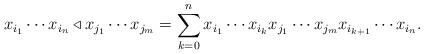
LaTeX: \begin{align*}x_{i_1}\cdots x_{i_n}\triangleleft x_{j_1}\cdots x_{j_m}=\sum\limits_{k=0}^n x_{i_1}\cdots x_{i_k} x_{j_1}\cdots x_{j_m}x_{i_{k+1}}\cdots x_{i_n}.\end{align*}